Civil Veterinary Dept. Assam report 1911-1927 - 1911-1927
Year: 1911
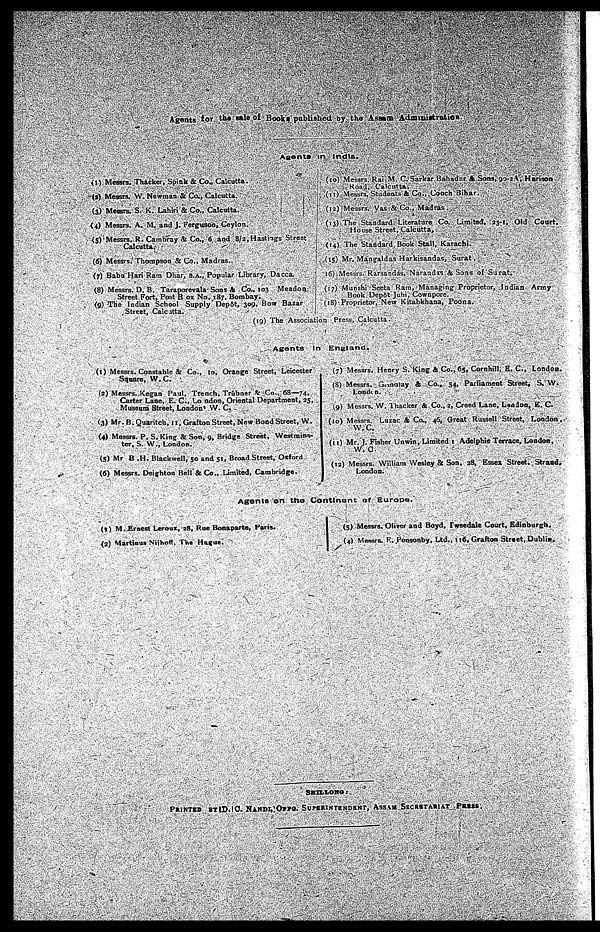
Agents for the sale of Books published by the Assam Administration
Agents in India.
(1) Messrs. Thicker, Spink St Co., Calcutta.
(2) Messrs. W. Newman & Co., Calcutta.
(3) Mestrs. S. K. Lahiri St Co., Calcutta.
(4) Messrs. A. M. and j. Ferguson, Ceylon.
(5) Messrs. R. Cambray St Co., 6 and 8/2, Hastings Street
Calcutta.
(6) Messrs. Thompson St Co., Madras.
(7) Babu Hari Ram Dhar, B.A., Popular Library, Dacca.
(8) Messrs. D. B. Taraporevala Sons & Co., 103 Meadoa
Street Fort, Post B ox No. 187. Bombay.
(9) The Indian School Supply Depôt, 309, Bow Bazar
Street, Calcitta.
(10) Messrs. Rai M. C. Sarkar Bahadnr &Sons, 90-2A, Hari son
Road, Calcutta.
(11) Messrs. Students St Co., Cooch Bihar.
(12) Messrs. Vas & Co., Madras.
(13) The Standard Literature Co. Limited, 23-1, Old Court.
House Street, Calcutta,
(14) The Standard Book Stall. Karachi.
(15) Mr. Mangaldas Harkisandas, Surat.
(16) Messrs. Rarandas, Narandas & Sons of Surat.
(17) Munshi Seeta Ram, Managing Proprietor, Indian Army
Book Depôt Juhi, Cownpore.
(18) Proprietor, New Kitabkhana, Poona.
(19) The Association Press, Calcutta.
Agents In
England.
(1) Messrs. Constable it Co., 10, Orange Street, Leicester
Square, W. C.
(3) Messrs. Kegan Paul, Trench. Trubner & Co.. 68—74,
Carter Lane, E. C-, London. Oriental Department, 25,
Museum Street, London W. C.
(3) Mr. B. Quaritch, 11, Grafton Street, New Bond Street, W.
(4) Messrs. P. S. King St Son, 9, Bridge Street. Westmins-
ter, S. W., London.
(5) Mr B .H. Blackwell, 50 and 51, Broad Street, Oxford
(6) Messrs. Deighton Bell & Co.. Limited, Cambridge.
(7) Messrs. Henry S. King & Co., 65, Cornhill, E. C, London.
(8) Messrs. Gonolay & Co., 54, Parliament Street, S. W.
London.
(9) Messrs. W. Thacker & Co., 2, Creed Lane, London, E. C.
(10) Messrs. Luzac & Co., 46, Great Russell Street, London,
W. C.
(11) Mr. J. Fisher Unwin, Limited 1 Adelphie Terrace, London,
W. C
(12) Messrs. William Wesley St Son. 28, Essex Street. Strand,
London.
Agents on the Continent of Europe.
(I) M.Ernest Leroux, 28. Rue Bonaparte, Fans.
(2) Martious Nijhoft, The Hague.
(5) Messrs. Oliver and Boyd, Tweedale Court, Edinburgh.
(4) Messrs. F. Ponsonby, Ltd., 116, Grafton Street, Dublia
SHILLONG :
PRINTED BY ID.O. NANDI.OFFG. SUPRINTENDENT, ASSAM SECRETARIAT PRESS.